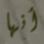
أنها